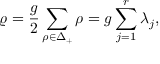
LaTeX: \varrho = { \frac { g } { 2 } } \sum _ { \rho \in { \Delta _ { + } } } \rho = g \sum _ { j = 1 } ^ { r } \lambda _ { j } ,